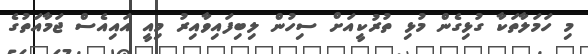
މި ހަމަލާތަކާ ގުޅިގެން މުޅި ތުރުކީއަށް ސިހުން ލިބިފައިވާއިރު މިއީ އައިއެސް ޖަމާއަތުގެ